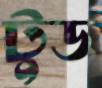
টুড